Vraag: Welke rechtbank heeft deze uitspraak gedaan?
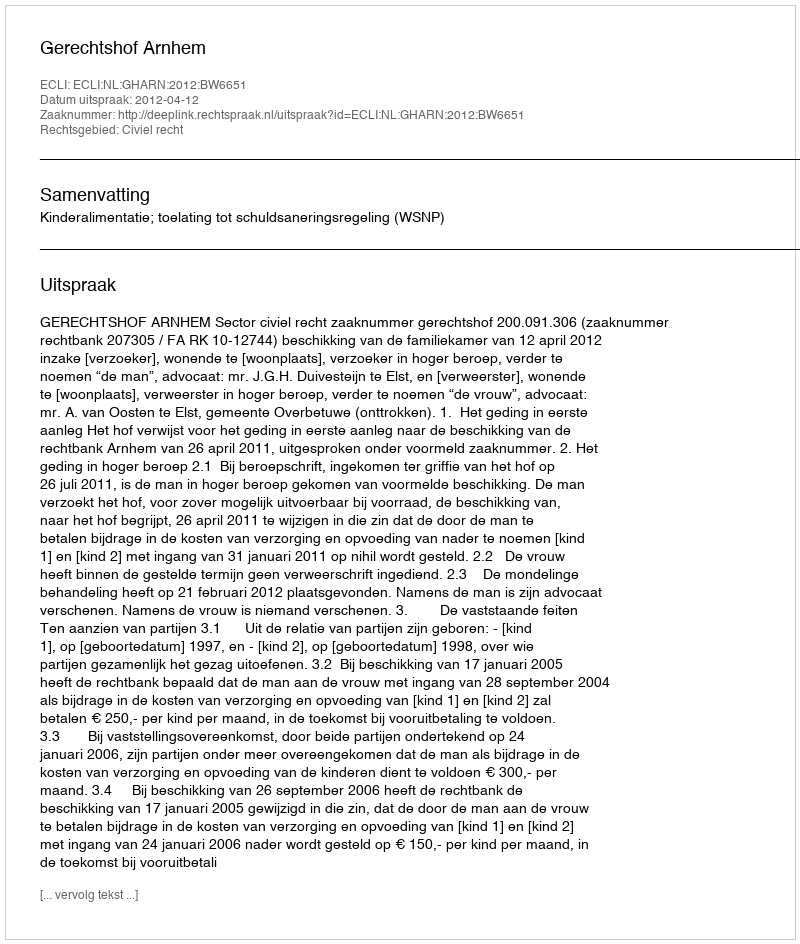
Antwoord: Gerechtshof Arnhem